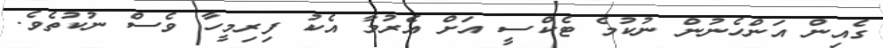
ގެއިން އަންހެނުން ނުކުމެ ޓެކްސީ އަށް އެރުމާ އެކު ފިރިމީހާ ވެސް ނުކުތެވެ.